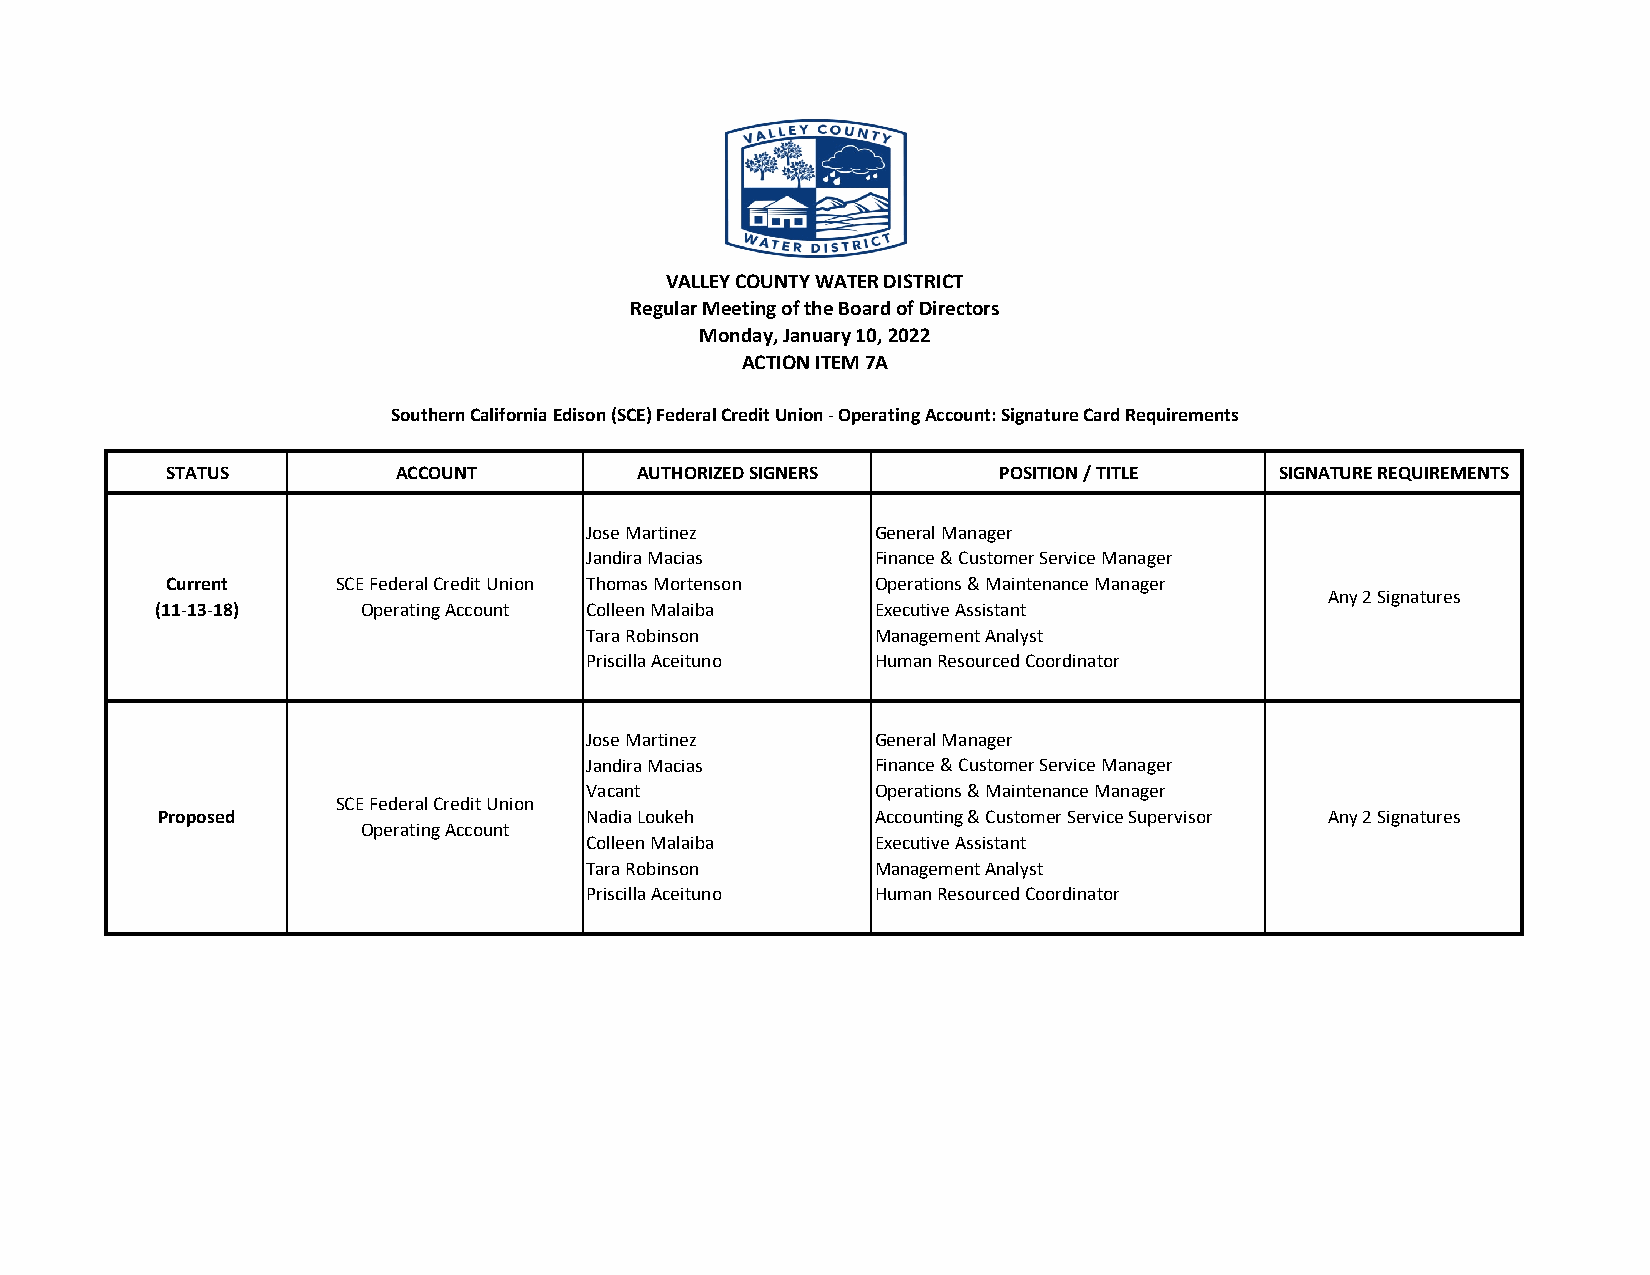
VALLEY COUNTY WATER DISTRICT
 Regular Meeting of the Board of Directors
 Monday, January 10, 2022
 ACTION ITEM 7A
 Southern California Edison (SCE) Federal Credit Union - Operating Account: Signature Card Requirements
 STATUS         ACCOUNT         AUTHORIZED SIGNERS      POSITION / TITLE  SIGNATURE REQUIREMENTS
 Jose Martinez      General Manager
 Jandira Macias     Finance & Customer Service Manager
 Current    SCE Federal Credit Union Thomas Mortenson Operations & Maintenance Manager
 Any 2 Signatures
 (11-13-18)    Operating Account Colleen Malaiba Executive Assistant
 Tara Robinson      Management Analyst
 Priscilla Aceituno Human Resourced Coordinator
 Jose Martinez      General Manager
 Jandira Macias     Finance & Customer Service Manager
 Vacant             Operations & Maintenance Manager
 SCE Federal Credit Union
 Proposed                     Nadia Loukeh       Accounting & Customer Service Supervisor Any 2 Signatures
 Operating Account
 Colleen Malaiba    Executive Assistant
 Tara Robinson      Management Analyst
 Priscilla Aceituno Human Resourced Coordinator